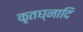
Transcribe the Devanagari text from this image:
कृतघ्नादि